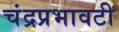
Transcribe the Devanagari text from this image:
चंद्रप्रभावटी